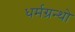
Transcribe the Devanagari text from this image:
धर्मग्रन्थो